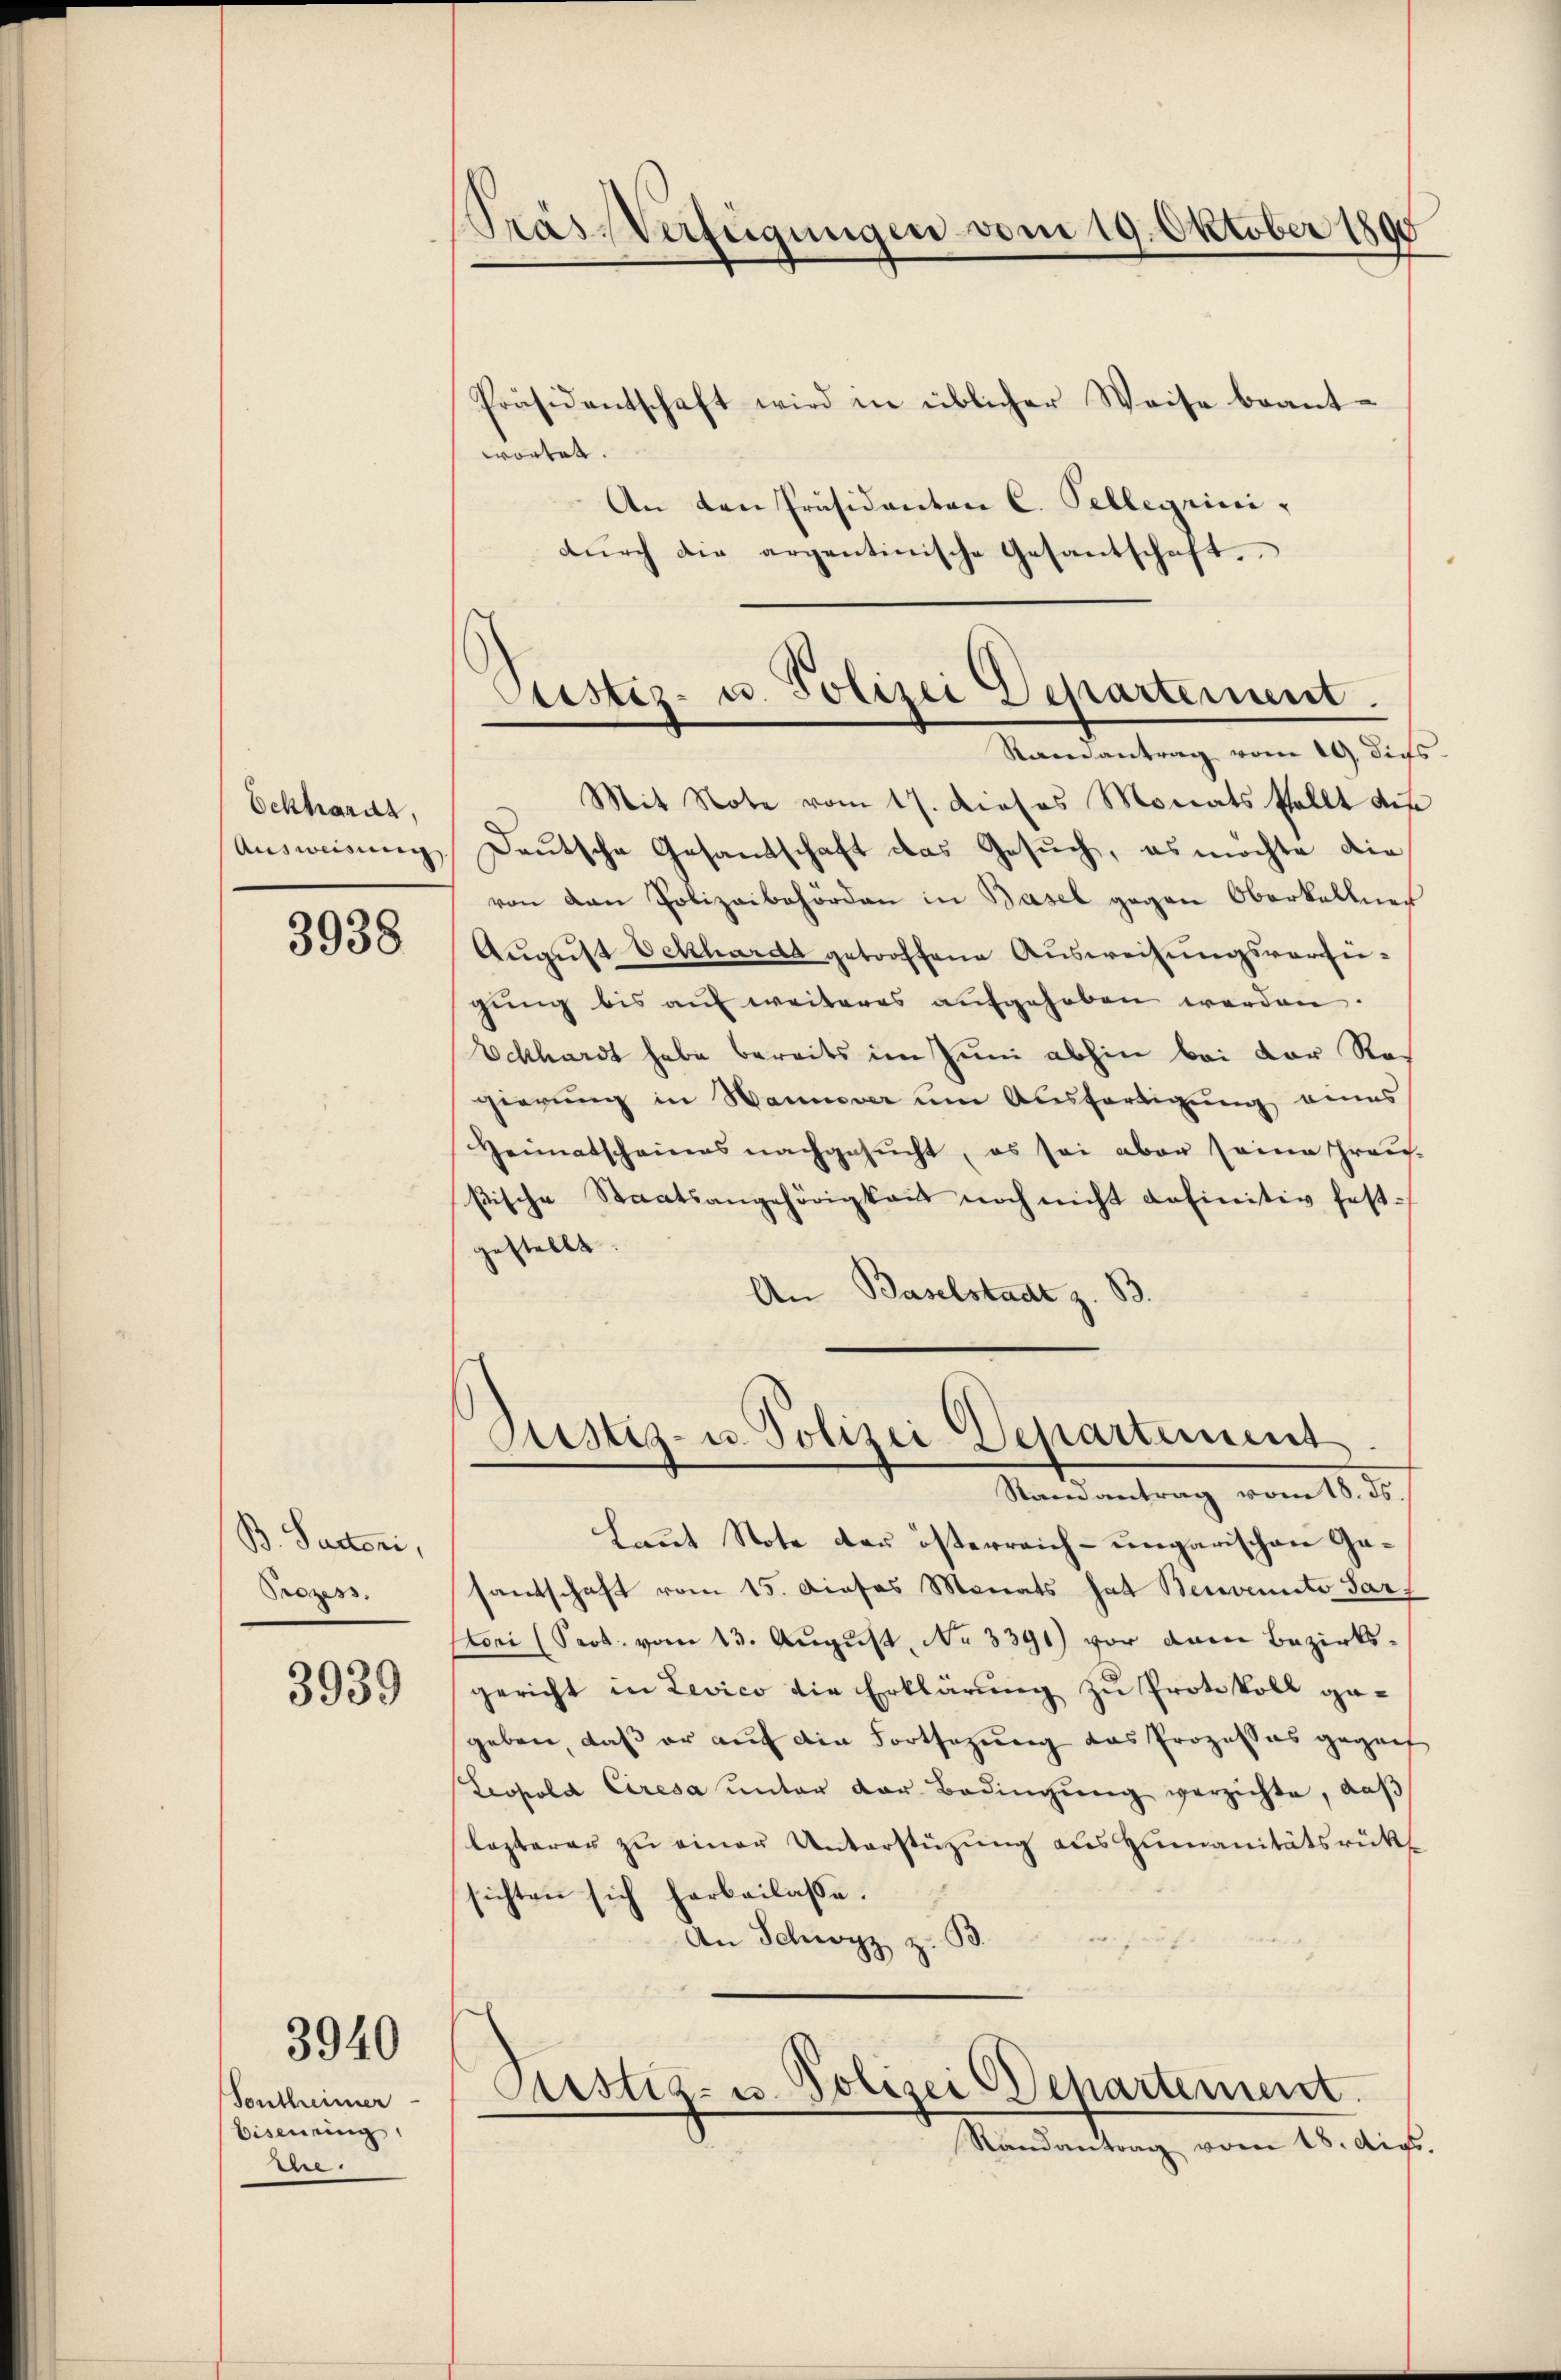
Ockhards,
Ausweisung

3938

B. Sacteri,
Prozess

3939

3940

Sontheimer
Eisenring
e

Pras-Verfügungen vom 19. Oktober 1890

Präsidentschaft wird in üblicher Weise beant-
wortet.
An den Präsidenten C. Pellegerini,
dŭrch die argentinische Gesantschaft.

Mit Note vom 17. Dieses Monats Pallt des
Deutsche Gesandtschaft das Gesuch, es möchte die
von den Polizeibehörden in Basel gegen Oberkellner
Aŭgŭst Eckharda getroffene Ausweisungsvorsi-
gung bis auf weiteres aufgehoben werden.
Eckhardt habe bereits im Juni abhin bei der Regierung in Hannover um Ausfertigung eines
Heimatscheines nachgesŭcht, es sei aber seine Grau-
stische Staatsangehörigkeit noch nicht definitiv fest-
gestellt.
An Baselstadt z. B.
Bant Note der österreich-ungarischen Gesantschaft vom 15. Dieses Monats hat Benennte Sar
toni (Sept. vom 13. August, No 3391) vor dem Bezirksgericht in Levico die Erklärung zu Protokoll gegeben, daß er auf die Fortsezung das Prozesses gegenf
Leopold Ciresa ŭnter der Bedingŭng verzichte, daβ
lezterer zu einer Unterstüzung aus humanitätsrückt
sichten sich herbeilasse.
B
An Schwyz z.
Custiz- u. Polizei Departement.
Randantrag vom 18. Augs

Justiz- u. Polizei Departement.
Ramantrag vom 19. Dies

Justiz- u. Polizei Departement.
Stamantrag vom 18. ds.